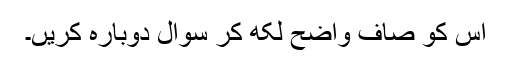
اس کو صاف واضح لکھ کر سوال دوبارہ کریں۔